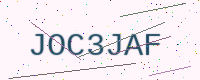
Text: JOC3JAF